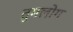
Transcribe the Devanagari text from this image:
तुमलोग